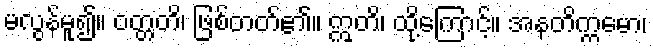
မလွန်မူ၍။ ဝတ္တတိ၊ ဖြစ်တတ်၏။ ဣတိ၊ ထို့ကြောင့်။ အနတိက္ကမော၊